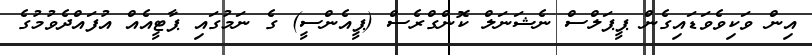
އިން ވަކިވެވަޑައިގެން ޕީޕަލްސް ނެޝަނަލް ކޮންގްރެސް (ޕީއެންސީ) ގެ ނަމުގައި ޕާޓީއެއް އުފައްދެވުމުގެ